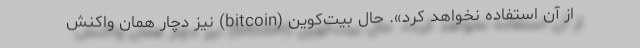
از آن استفاده نخواهد کرد». حال بیت‌کوین (bitcoin) نیز دچار همان واکنش